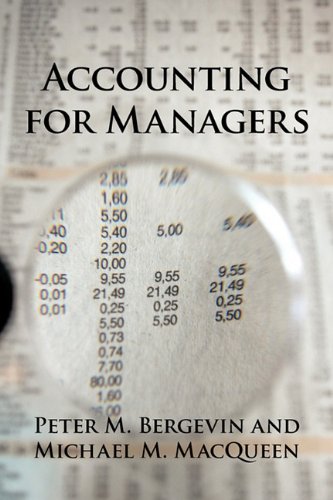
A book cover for Accounting for Managers; Bergevin/MacQueen; Business & Money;